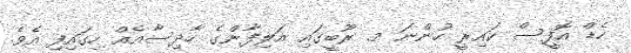
ހެޑް އޮފީސް ކައިރީ ހުންނަ މ. ރޫބީގައި އަލިފާންގެ ހާދިސާއެއް ހިގައިފި އެވެ.